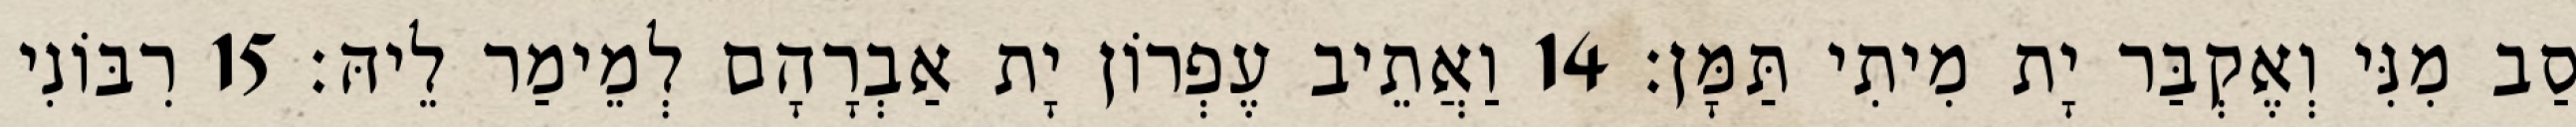
סַב מִנִּי וְאֶקְבַּר יָת מִיתִי תַּמָּן׃ 14 וַאֲתֵיב עֶפְרוֹן יָת אַבְרָהָם לְמֵימַר לֵיהּ׃ 15 רִבּוֹנִי